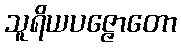
သူရိယပဇ္ဇောတော